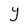
Character: Y